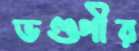
ভণ্ডপীর